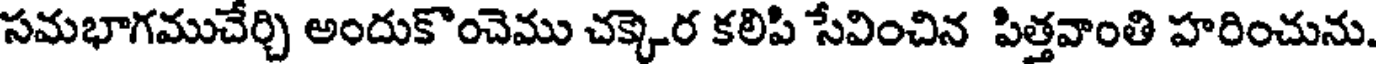
సమభాగముచేర్చి అందుకొంచెము చక్కెర కలిపి సేవించిన పిత్తవాంతి హరించును.